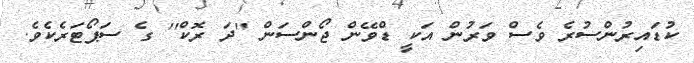
ކުޑައިރުންސުރެ ވެސް ވަރުން އަކީ ޑްވޭން ޖޯންސަން ''ދަ ރޮކް'' ގެ ސަޕޯޓަރެކެވެ.